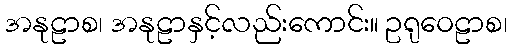
အနုဠာစ၊ အနုဠာနှင့်လည်းကောင်း။ ဥရုဝေဠာစ၊